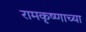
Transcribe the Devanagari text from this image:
रामकृष्णाच्या